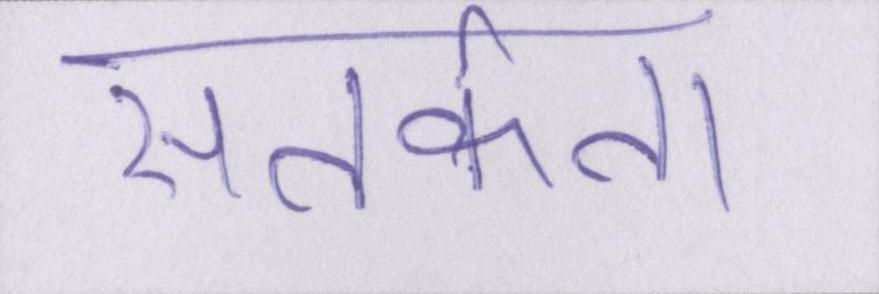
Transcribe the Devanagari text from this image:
सतर्कता